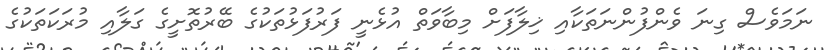
ނަމަވެސް ގިނަ ވެންފުންނަތަކާއި ޚިލާފަށް މިބާވަތް އުޅެނީ ފަރުފަޅުތަކުގެ ބޭރުތޮށީގެ ގަލާއި މުރަކަތަކުގެ